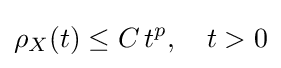
\rho _{X}(t)\leq C\,t^{p},\quad t>0